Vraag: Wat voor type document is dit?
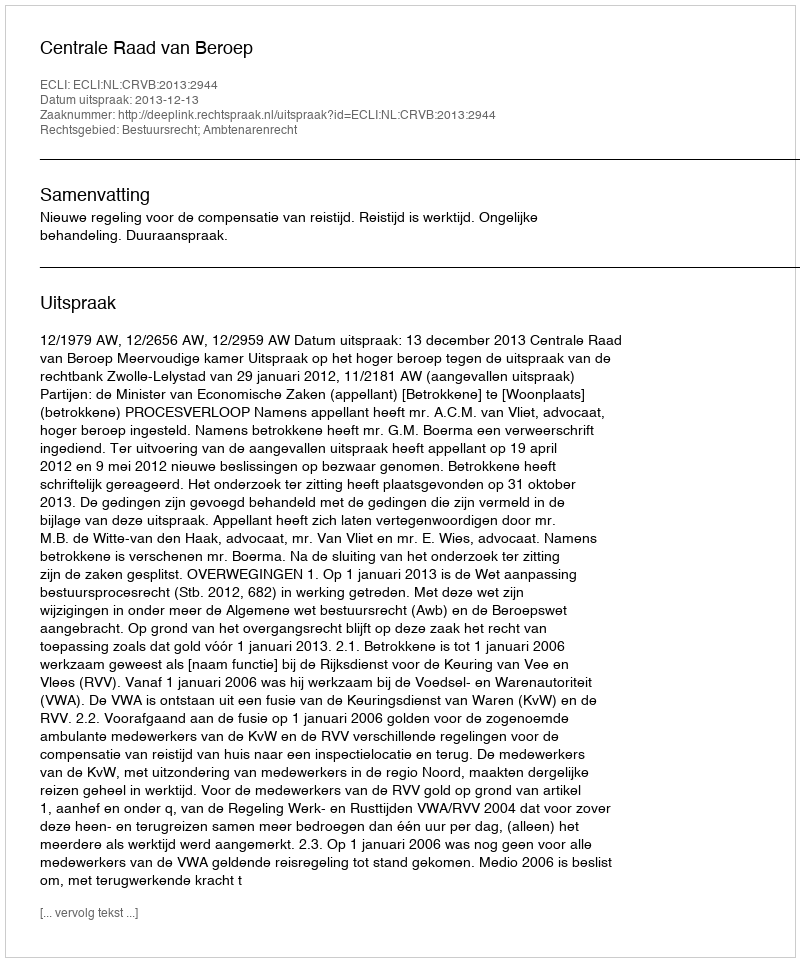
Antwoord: Uitspraak